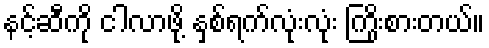
နင့်ဆီကို ငါလာဖို့ နှစ်ရက်လုံးလုံး ကြိုးစားတယ်။